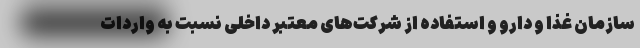
سازمان غذا و دارو و استفاده از شرکت‌های معتبر داخلی نسبت به واردات